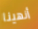
أنهينا